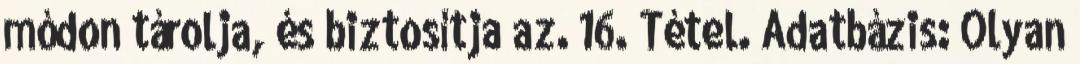
módon tárolja, és biztosítja az. 16. Tétel. Adatbázis: Olyan